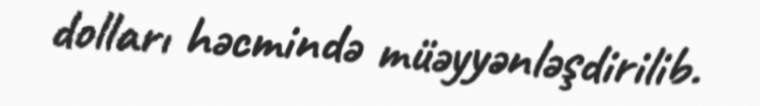
dolları həcmində müəyyənləşdirilib.